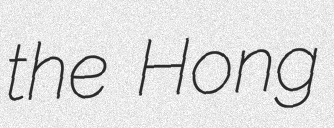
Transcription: the Hong